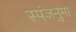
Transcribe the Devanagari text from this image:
स्पंजनुमा